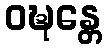
ဝဍ္ဎန္တေ